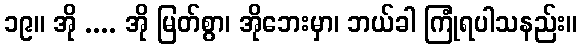
၁၉။ အို .... အို မြတ်စွာ၊ အိုဘေးမှာ၊ ဘယ်ခါ ကြုံရပါသနည်း။